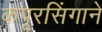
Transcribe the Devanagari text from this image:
कपूरसिंगाने